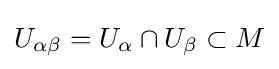
U_{\alpha \beta }=U_{\alpha }\cap U_{\beta }\subset M